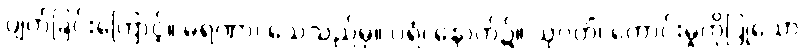
ပျက်ခြင်းကြောင့်။ မရဏာ၊ သေသည်မှ။ ပရံ၊ နောက်၌။ သုဂတိံ၊ ကောင်းမှုကိုပြုသော